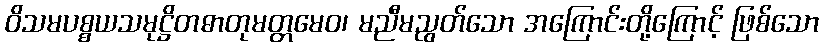
ဝိသမပစ္စယသမုဋ္ဌိတဓာတုမတ္တမေဝ၊ မညီမညွတ်သော အကြောင်းတို့ကြောင့် ဖြစ်သော